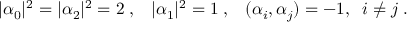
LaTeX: | \alpha _ { 0 } | ^ { 2 } = | \alpha _ { 2 } | ^ { 2 } = 2 \; , \; \; \; | \alpha _ { 1 } | ^ { 2 } = 1 \; , \; \; \; ( \alpha _ { i } , \alpha _ { j } ) = - 1 , \; \; i \neq j \; .